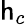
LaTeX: \mathsf{h}_{c}